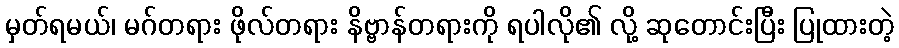
မှတ်ရမယ်၊ မဂ်တရား ဖိုလ်တရား နိဗ္ဗာန်တရားကို ရပါလို၏ လို့ ဆုတောင်းပြီး ပြုထားတဲ့